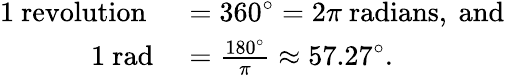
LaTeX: \begin{array}{rl}{1{\mathrm{~revolution~}}}&{{}=360^{\circ}=2\pi{\mathrm{~radians,~and}}}\\ {1{\mathrm{~rad}}}&{{}={\frac{180^{\circ}}{\pi}}\approx 57.27^{\circ}.}\end{array}